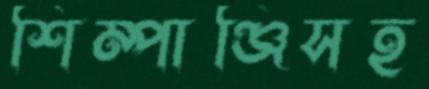
শিম্পাঞ্জিসহ